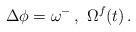
LaTeX: \begin{align*}\Delta\phi=\omega^-\,,\ \Omega^f(t)\,.\end{align*}